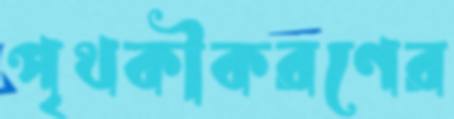
পৃথকীকরণের